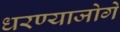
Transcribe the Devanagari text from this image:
धरण्याजोगे